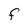
Character: F